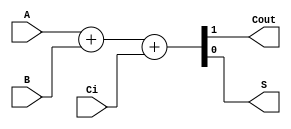
module sumador1 (A, B, Ci,Cout,S);// la linea 1 inicia la descripcion del modulo de suma 
//en donde se le da un nombre y entre parentesis se coloca las variables que manejara 

  input  A;
  input  B; // En estas linea de codigo  se definan para cada variable culaes son  las entradas y salidas deL sumador
  input  Ci;
  output Cout; 
  output S;

  reg [1:0] st;//representan un elemento de almacenamiento de datos y conserva dicho valor hasta que se les asigna el siguiente valor

  assign S = st[0];// en esta linea se asignan los valores al eleento delamacenamiento 
  assign Cout = st[1];

  always @ ( * ) begin
  	st  = 	A+B+Ci;     // se construye la lista de sensibilidad , en donde st es sensible respecto a los cambios de    
  end
                        //A , B o Ci y cada vez que estos cambian tambien los hace en una lista 
endmodule // cierra la descrpcion del modulo